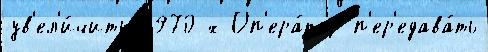
ув'ел'и́чить 1970-х Оп'ера́тор п'ер'едава́ть